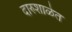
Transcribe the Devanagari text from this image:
दारुशाळेत